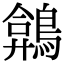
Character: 𪂻